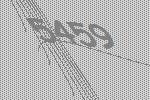
5459